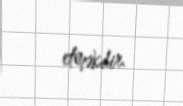
etməkdir.